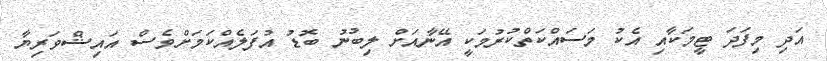
އަދި މިފަދަ ޓީމަކާއި އެކު މަސައްކަތްކުރުމަކީ އޭނާއަށް ލިބުނު ބޮޑު އުފަލެއްކަމަށްވެސް އައިޝްވަރިޔާ